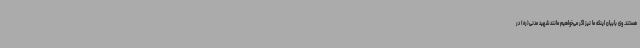
هستند. وی بابیان اینکه ما نیز اگر می‌خواهیم مانند شهید مدنی(ره) در